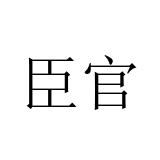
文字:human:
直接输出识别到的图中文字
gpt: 臣官